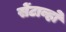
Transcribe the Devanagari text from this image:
सेंटाव्हो